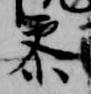
参